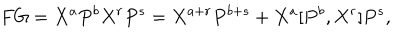
F G = X ^ { a } P ^ { b } X ^ { r } P ^ { s } = X ^ { a + r } P ^ { b + s } + X ^ { a } [ P ^ { b } , X ^ { r } ] P ^ { s } ,